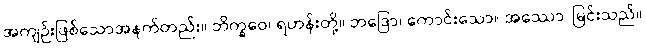
အကျဉ်းဖြစ်သောအနက်တည်း။ ဘိက္ခဝေ၊ ရဟန်းတို့။ ဘဒြော၊ ကောင်းသော။ အဿော၊ မြင်းသည်။